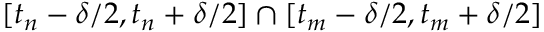
[ t _ { n } - \delta / 2 , t _ { n } + \delta / 2 ] \cap [ t _ { m } - \delta / 2 , t _ { m } + \delta / 2 ]